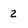
Character: 2